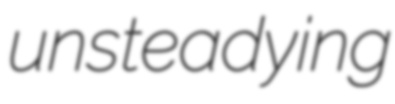
unsteadying